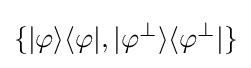
\{|\varphi \rangle \langle \varphi |,|\varphi ^{\perp }\rangle \langle \varphi ^{\perp }|\}